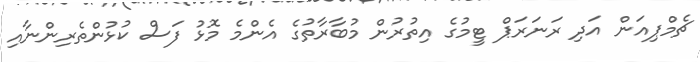
ޗެމްޕިއަން އަދި ރަނަރަޕް ޓީމުގެ އިތުރުން މުބާރާތުގެ އެންމެ މޮޅު ފަސް ކުޅުންތެރިންނާއި